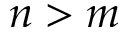
n > m